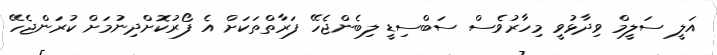
އަލީ ސަލީމް ވިދާޅުވީ މިހާރުވެސް ސަބްސިޑީ ލިބެންޖެހޭ ފަރާތްތަކަށް އެ ފޯރުކޮށްދިނުމަށް ކުރަންޖެހޭ